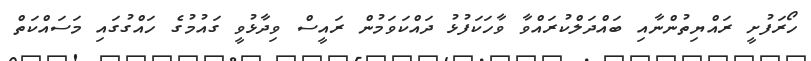
ހޯރަފުށީ ރައްޔިތުންނާއި ބައްދަލްކުރައްވާ ވާހަކަފުޅު ދައްކަވަމުން ރައީސް ވިދާޅުވީ ގައުމުގެ ހައްގުގައި މަސައްކަތް